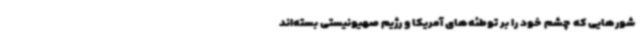
شورهایی که چشم خود را بر توطئه‌های آمریکا و رژیم صهیونیستی بسته‌اند